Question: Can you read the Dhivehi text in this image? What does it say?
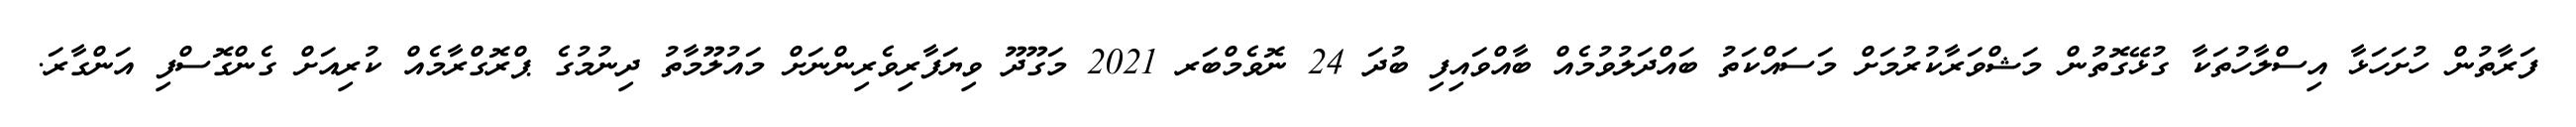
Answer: ފަރާތުން ހުށަހަޅާ އިސްލާހުތަކާ ގުޅޭގޮތުން މަޝްވަރާކުރުމަށް މަސައްކަތު ބައްދަލުވުމެއް ބާއްވައިފި ބުދަ 24 ނޮވެމްބަރ 2021 މަގޫދޫ ވިޔަފާރިވެރިންނަށް މައުލޫމާތު ދިނުމުގެ ޕްރޮގްރާމެއް ކުރިއަށް ގެންގޮސްފި އަންގާރަ.